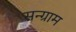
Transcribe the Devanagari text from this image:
सन्ग्राम